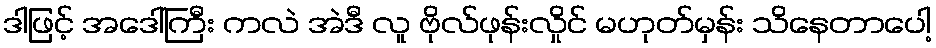
ဒါဖြင့် အဒေါ်ကြီး ကလဲ အဲဒီ လူ ဗိုလ်ဖုန်းလှိုင် မဟုတ်မှန်း သိနေတာပေါ့